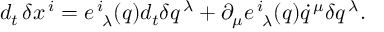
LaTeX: { d _ { t } } \, \delta x ^ { \, i } = e _ { \, \, \, \lambda } ^ { \, i } ( q ) d _ { t } \delta q ^ { \, \lambda } + \partial _ { \mu } e _ { \, \, \, \lambda } ^ { \, i } ( q ) \dot { q } ^ { \, \mu } \delta q ^ { \, \lambda } .